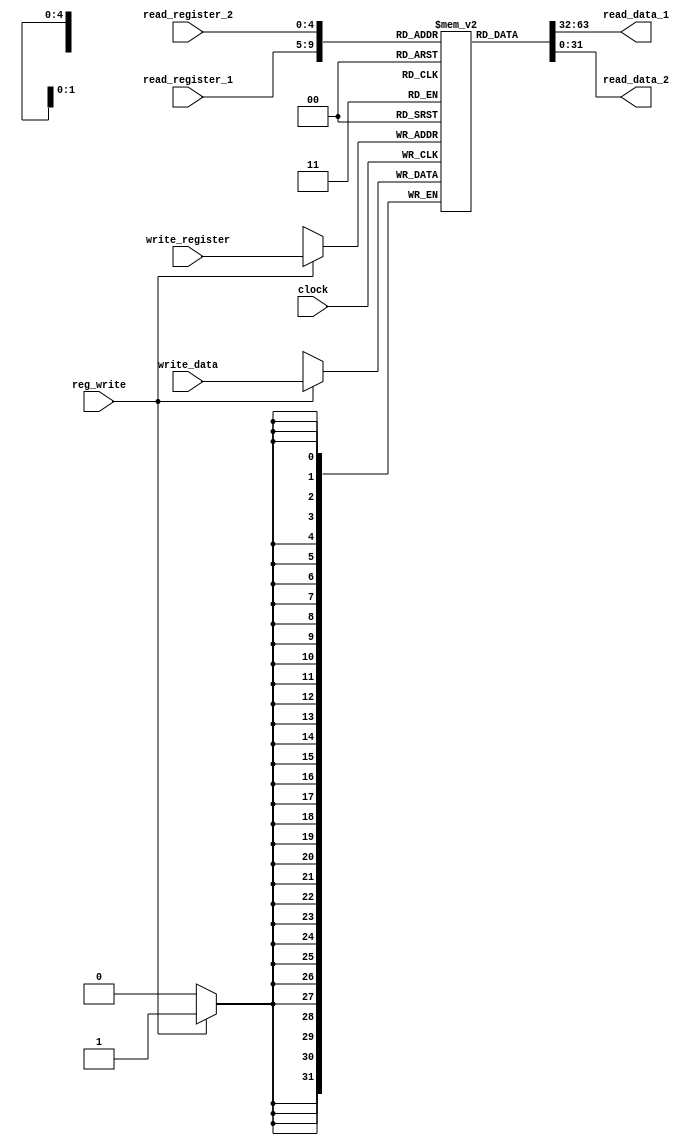
module register (
  input clock,
  input reg_write,
  input [4:0] read_register_1,
  input [4:0] read_register_2,
  input [4:0] write_register,
  input [31:0] write_data,
  output [31:0] read_data_1,
  output [31:0] read_data_2
);

  reg [31:0] registers [31:0];

  initial begin
    registers[0] <= 0;
    registers[1] <= 0;
    registers[2] <= 0;
    registers[3] <= 0;
    registers[4] <= 0;
    registers[5] <= 0;
    registers[6] <= 0;
    registers[7] <= 0;
    registers[8] <= 0;
    registers[9] <= 0;
    registers[10] <= 0;
    registers[11] <= 0;
    registers[12] <= 0;
    registers[13] <= 0;
    registers[14] <= 0;
    registers[15] <= 0;
    registers[16] <= 0;
    registers[17] <= 0;
    registers[18] <= 0;
    registers[19] <= 0;
    registers[20] <= 0;
    registers[21] <= 0;
    registers[22] <= 0;
    registers[23] <= 0;
    registers[24] <= 0;
    registers[25] <= 0;
    registers[26] <= 0;
    registers[27] <= 0;
    registers[28] <= 0;
    registers[29] <= 0;
    registers[30] <= 0;
    registers[31] <= 0;
  end

  always @(posedge clock) begin
    if (reg_write) begin
      registers[write_register] = write_data;
    end
  end

  assign read_data_1 = registers[read_register_1];
  assign read_data_2 = registers[read_register_2];

endmodule